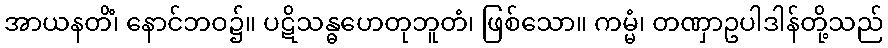
အာယနတိံ၊ နောင်ဘဝ၌။ ပဋိသန္ဓဟေတုဘူတံ၊ ဖြစ်သော။ ကမ္မံ၊ တဏှာဥပါဒါန်တို့သည်